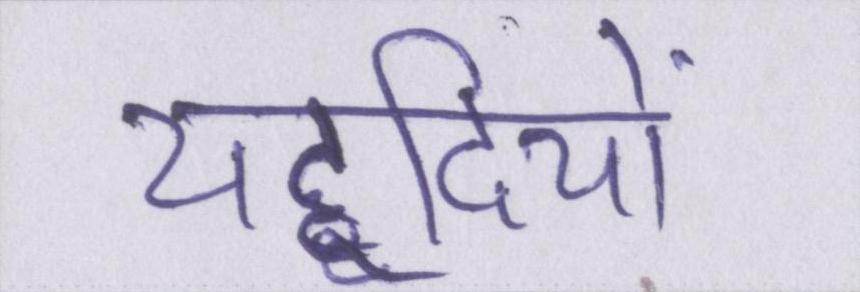
यहूदियों